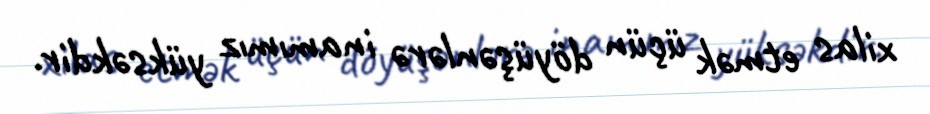
xilas etmək üçün döyüşənlərə inamımız yüksəkdir.